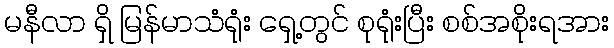
မနီလာ ရှိ မြန်မာသံရုံး ရှေ့တွင် စုရုံးပြီး စစ်အစိုးရအား